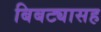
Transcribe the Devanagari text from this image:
बिबट्यासह